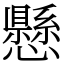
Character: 懸